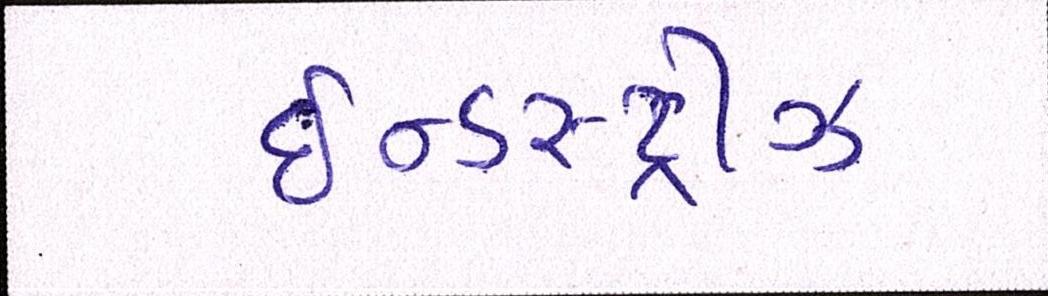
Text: ઈન્ડસ્ટ્રીઝ